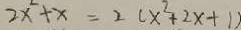
2 x ^ { 2 } + x = 2 ( x ^ { 2 } + 2 x + 1 )